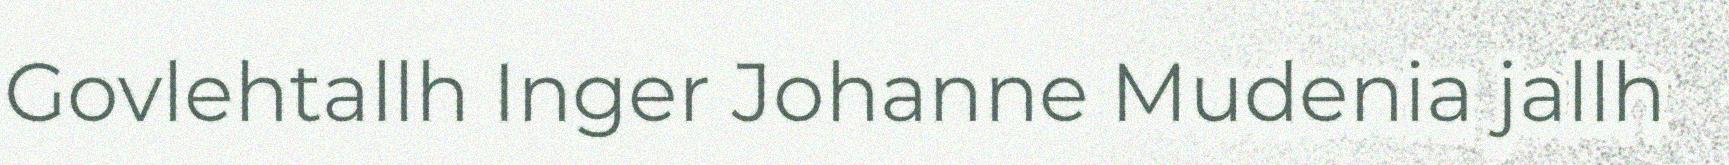
Govlehtallh Inger Johanne Mudenia jallh